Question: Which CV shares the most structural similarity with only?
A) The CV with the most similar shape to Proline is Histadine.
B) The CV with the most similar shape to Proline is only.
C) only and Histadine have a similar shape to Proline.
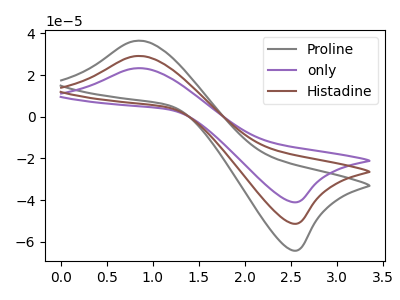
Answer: <think>The gray curve "Proline" has an anodic peak at (0.85V, 36.50uA) and a cathodic peak at (2.50V, -64.25uA). The purple curve "only" has an anodic peak at (0.85V, 58.35uA) and a cathodic peak at (2.50V, -102.65uA). The brown curve "Histadine" has an anodic peak at (0.85V, 29.20uA) and a cathodic peak at (2.50V, -51.35uA).
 All the peaks in "Proline" have a peak in "only" at the same potential. Every peak in "Proline" is lower than every peak in "only". All the peaks in "Proline" have a peak in "Histadine" at the same potential. Every peak in "Proline" is higher than every peak in "Histadine". All the peaks in "only" have a peak in "Histadine" at the same potential. Every peak in "only" is higher than every peak in "Histadine".</think>
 <answer>C) "only" and "Histadine" have a similar shape to "Proline".</answer>
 <eval>C</eval>